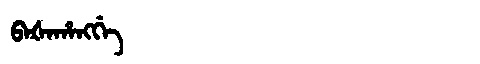
Manchu: ᠪᠠᡧᠠᡥᠠᠩᡤᡝ
Romanization: BAŠAHANGGE